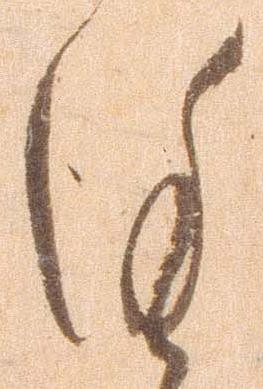
謹